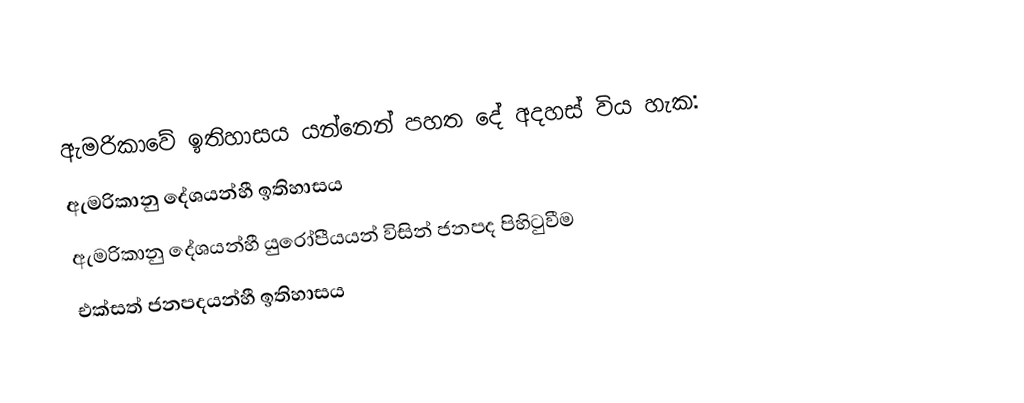
ඇමරිකාවේ ඉතිහාසය යන්නෙන් පහත දේ අදහස් විය හැක:
 ඇමරිකානු දේශයන්හී ඉතිහාසය
 ඇමරිකානු දේශයන්හී යුරෝපීයයන් විසින් ජනපද පිහිටුවීම
 එක්සත් ජනපදයන්හී ඉතිහාසය